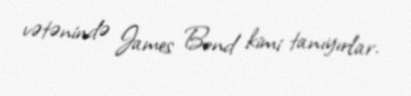
vətənində James Bond kimi tanıyırlar.